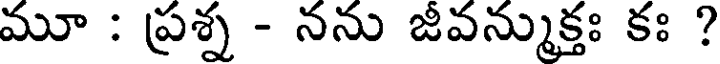
మూ : ప్రశ్న - నను జివన్ముక్తః కః ?